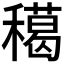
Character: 𥢸